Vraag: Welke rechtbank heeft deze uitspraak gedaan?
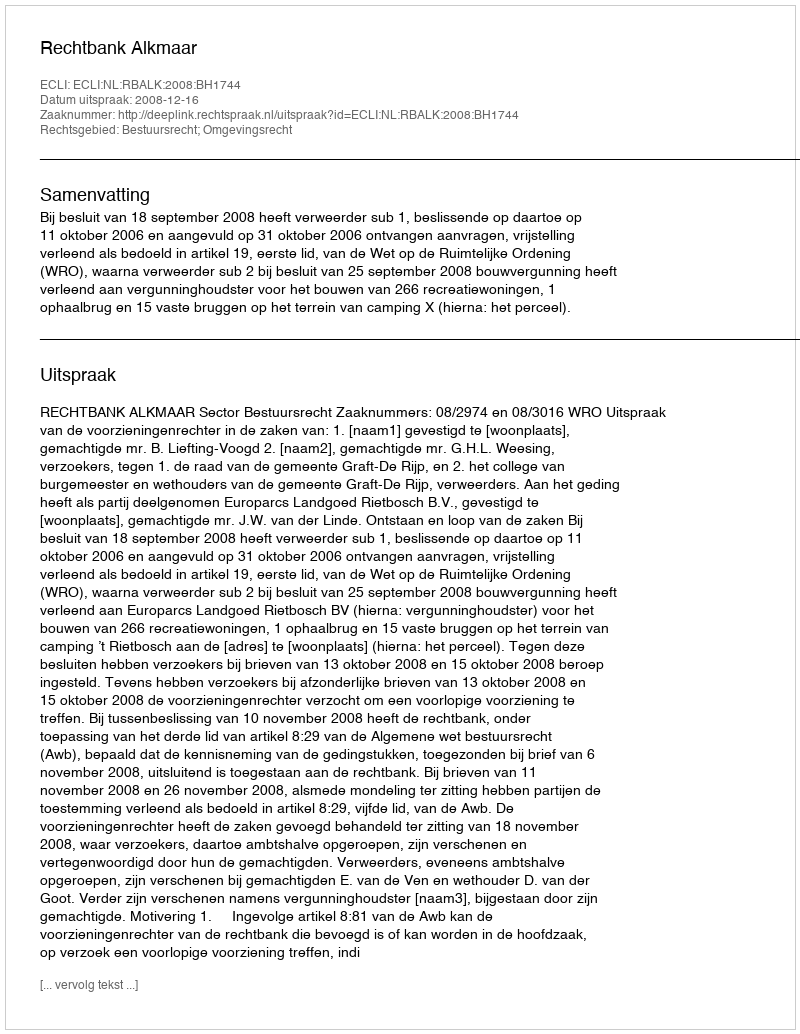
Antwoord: Rechtbank Alkmaar